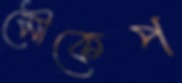
মৌকেপ